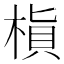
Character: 𬃜